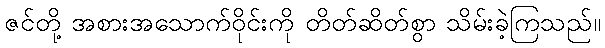
ဇင်တို့ အစားအသောက်ဝိုင်းကို တိတ်ဆိတ်စွာ သိမ်းခဲ့ကြသည်။